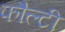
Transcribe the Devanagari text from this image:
फौल्टी